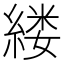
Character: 𫃵